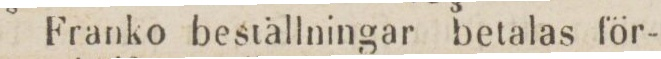
Franko beställningar betalas för-